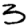
Digit: 3